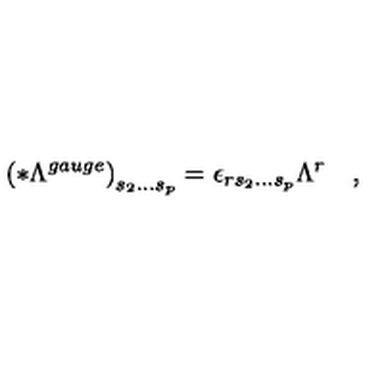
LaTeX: \left( * \Lambda ^ { g a u g e } \right) _ { s _ { 2 } \ldots s _ { p } } = \epsilon _ { r s _ { 2 } \ldots s _ { p } } \Lambda ^ { r } \quad ,